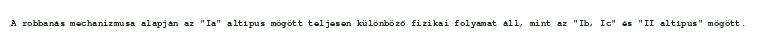
A robbanás mechanizmusa alapján az "Ia" altípus mögött teljesen különböző fizikai folyamat áll, mint az "Ib, Ic" és "II altípus" mögött.